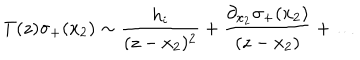
LaTeX: T ( z ) \sigma _ { + } ( x _ { 2 } ) \sim \frac { h _ { i } } { ( z - x _ { 2 } ) ^ { 2 } } + \frac { \partial _ { x _ { 2 } } \sigma _ { + } ( x _ { 2 } ) } { ( z - x _ { 2 } ) } + \ldots